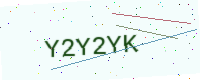
Text: Y2Y2YK